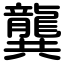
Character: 龔